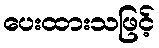
ပေးထားသဖြင့်